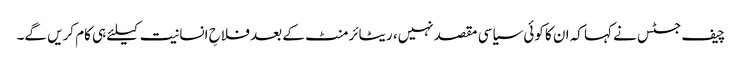
چیف جسٹس نے کہا کہ ان کا کوئی سیاسی مقصد نہیں، ریٹائرمنٹ کے بعد فلاحِ انسانیت کیلئے ہی کام کریں گے۔